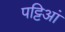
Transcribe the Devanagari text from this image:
पट्टिआं